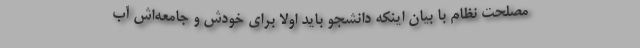
مصلحت نظام با بیان اینکه دانشجو باید اولاً برای خودش و جامعه‌اش آب